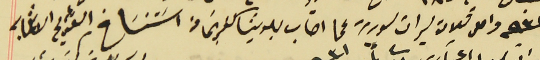
سنه ٩٣١ واصل تلات ليرات سورية عما اصاب بلديتا كفرشيما من اسَتنساخ عن القديم الانتها به